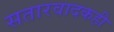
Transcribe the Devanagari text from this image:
सतारवादकही